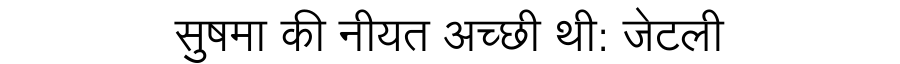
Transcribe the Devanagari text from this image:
सुषमा की नीयत अच्छी थी: जेटली